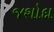
જશોદા